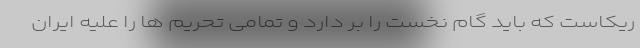
ریکاست که باید گام نخست را بر دارد و تمامی تحریم ها را علیه ایران